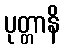
ပုတ္တာနိ